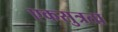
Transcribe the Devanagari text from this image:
एकसुत्रता